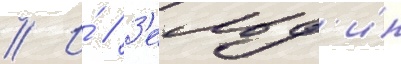
// И́ // З'ельд'ин